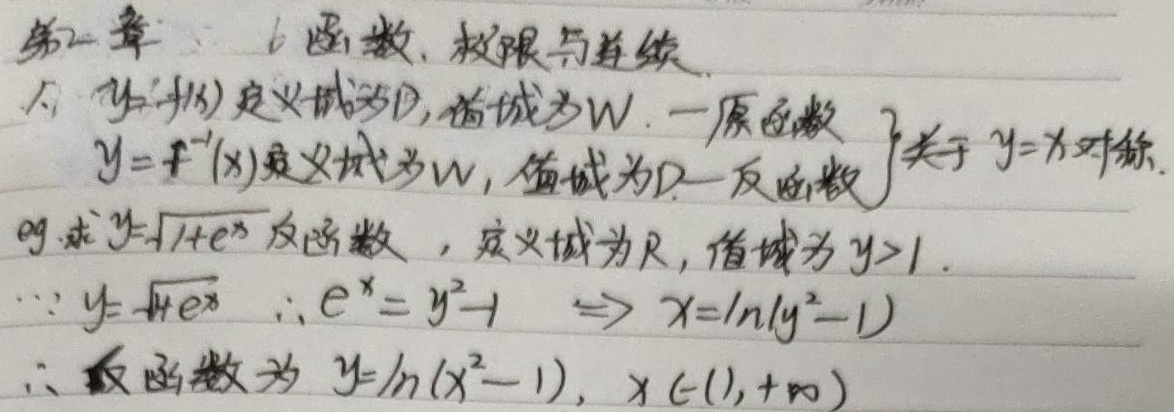
第二章 6. 函数、极限与连续

1. 设 \(y = f(x)\) 定义域为 \(D\)，值域为 \(W\)。
   - 原函数 \(y = f(x)\) 定义域为 \(D\)，值域为 \(W\)。
   - 反函数 \(y = f^{-1}(x)\) 定义域为 \(W\)，值域为 \(D\)，关于 \(y = x\) 对称。
eg. 求 \(y=\sqrt{1 + e^{x}}\) 反函数，定义域为 \(\mathbb{R}\)，值域为 \(y>1\)。
因为 \(y=\sqrt{1 + e^{x}}\)，所以 \(e^{x}=y^{2}-1\Rightarrow x=\ln(y^{2}-1)\)。
所以反函数为 \(y = \ln(x^{2}-1)\)，\(x\in(1,+\infty)\)